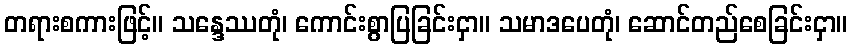
တရားစကားဖြင့်။ သန္ဒေဿတုံ၊ ကောင်းစွာပြခြင်းငှာ။ သမာဒပေတုံ၊ ဆောင်တည်စေခြင်းငှာ။